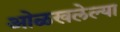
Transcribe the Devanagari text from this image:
ओळखलेल्या